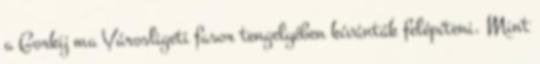
a Gorkij ma Városligeti fasor tengelyében kívánták felépíteni. Mint